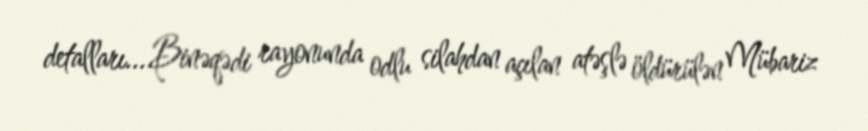
detalları... Binəqədi rayonunda odlu silahdan açılan atəşlə öldürülən Mübariz